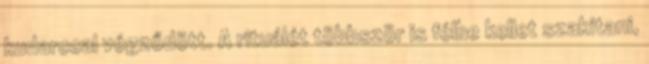
kudarccal végződött. A rituálét többször is félbe kellet szakítani,